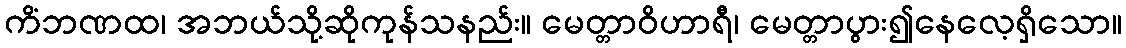
ကိံဘဏထ၊ အဘယ်သို့ဆိုကုန်သနည်း။ မေတ္တာဝိဟာရီ၊ မေတ္တာပွား၍နေလေ့ရှိသော။